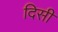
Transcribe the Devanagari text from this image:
दिसी